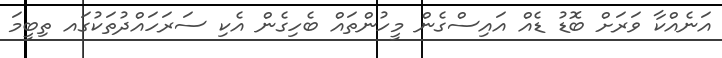
އަނެއްކާ ވަރަށް ބޮޑު ޑެއް އައިސްގެން މީހުންތައް ބެހިގެން އެކި ސަރަހައްދުތަކުގައ ތިބީމަ